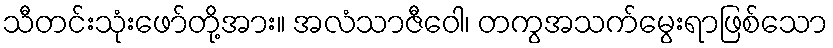
သီတင်းသုံးဖော်တို့အား။ အလံသာဇီဝေါ၊ တကွအသက်မွေးရာဖြစ်သော